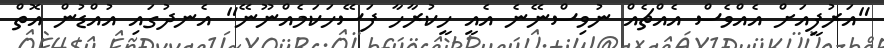
"އަރުފީއަށް އެއްވެސް އެއްޗެއް ނުވިސްނޭނެ އެއީ ހީކުރާހާ ފަސޭހަކަމެއްނޫނޭ" އެނދުގައި އުއްޑުން އޮތް